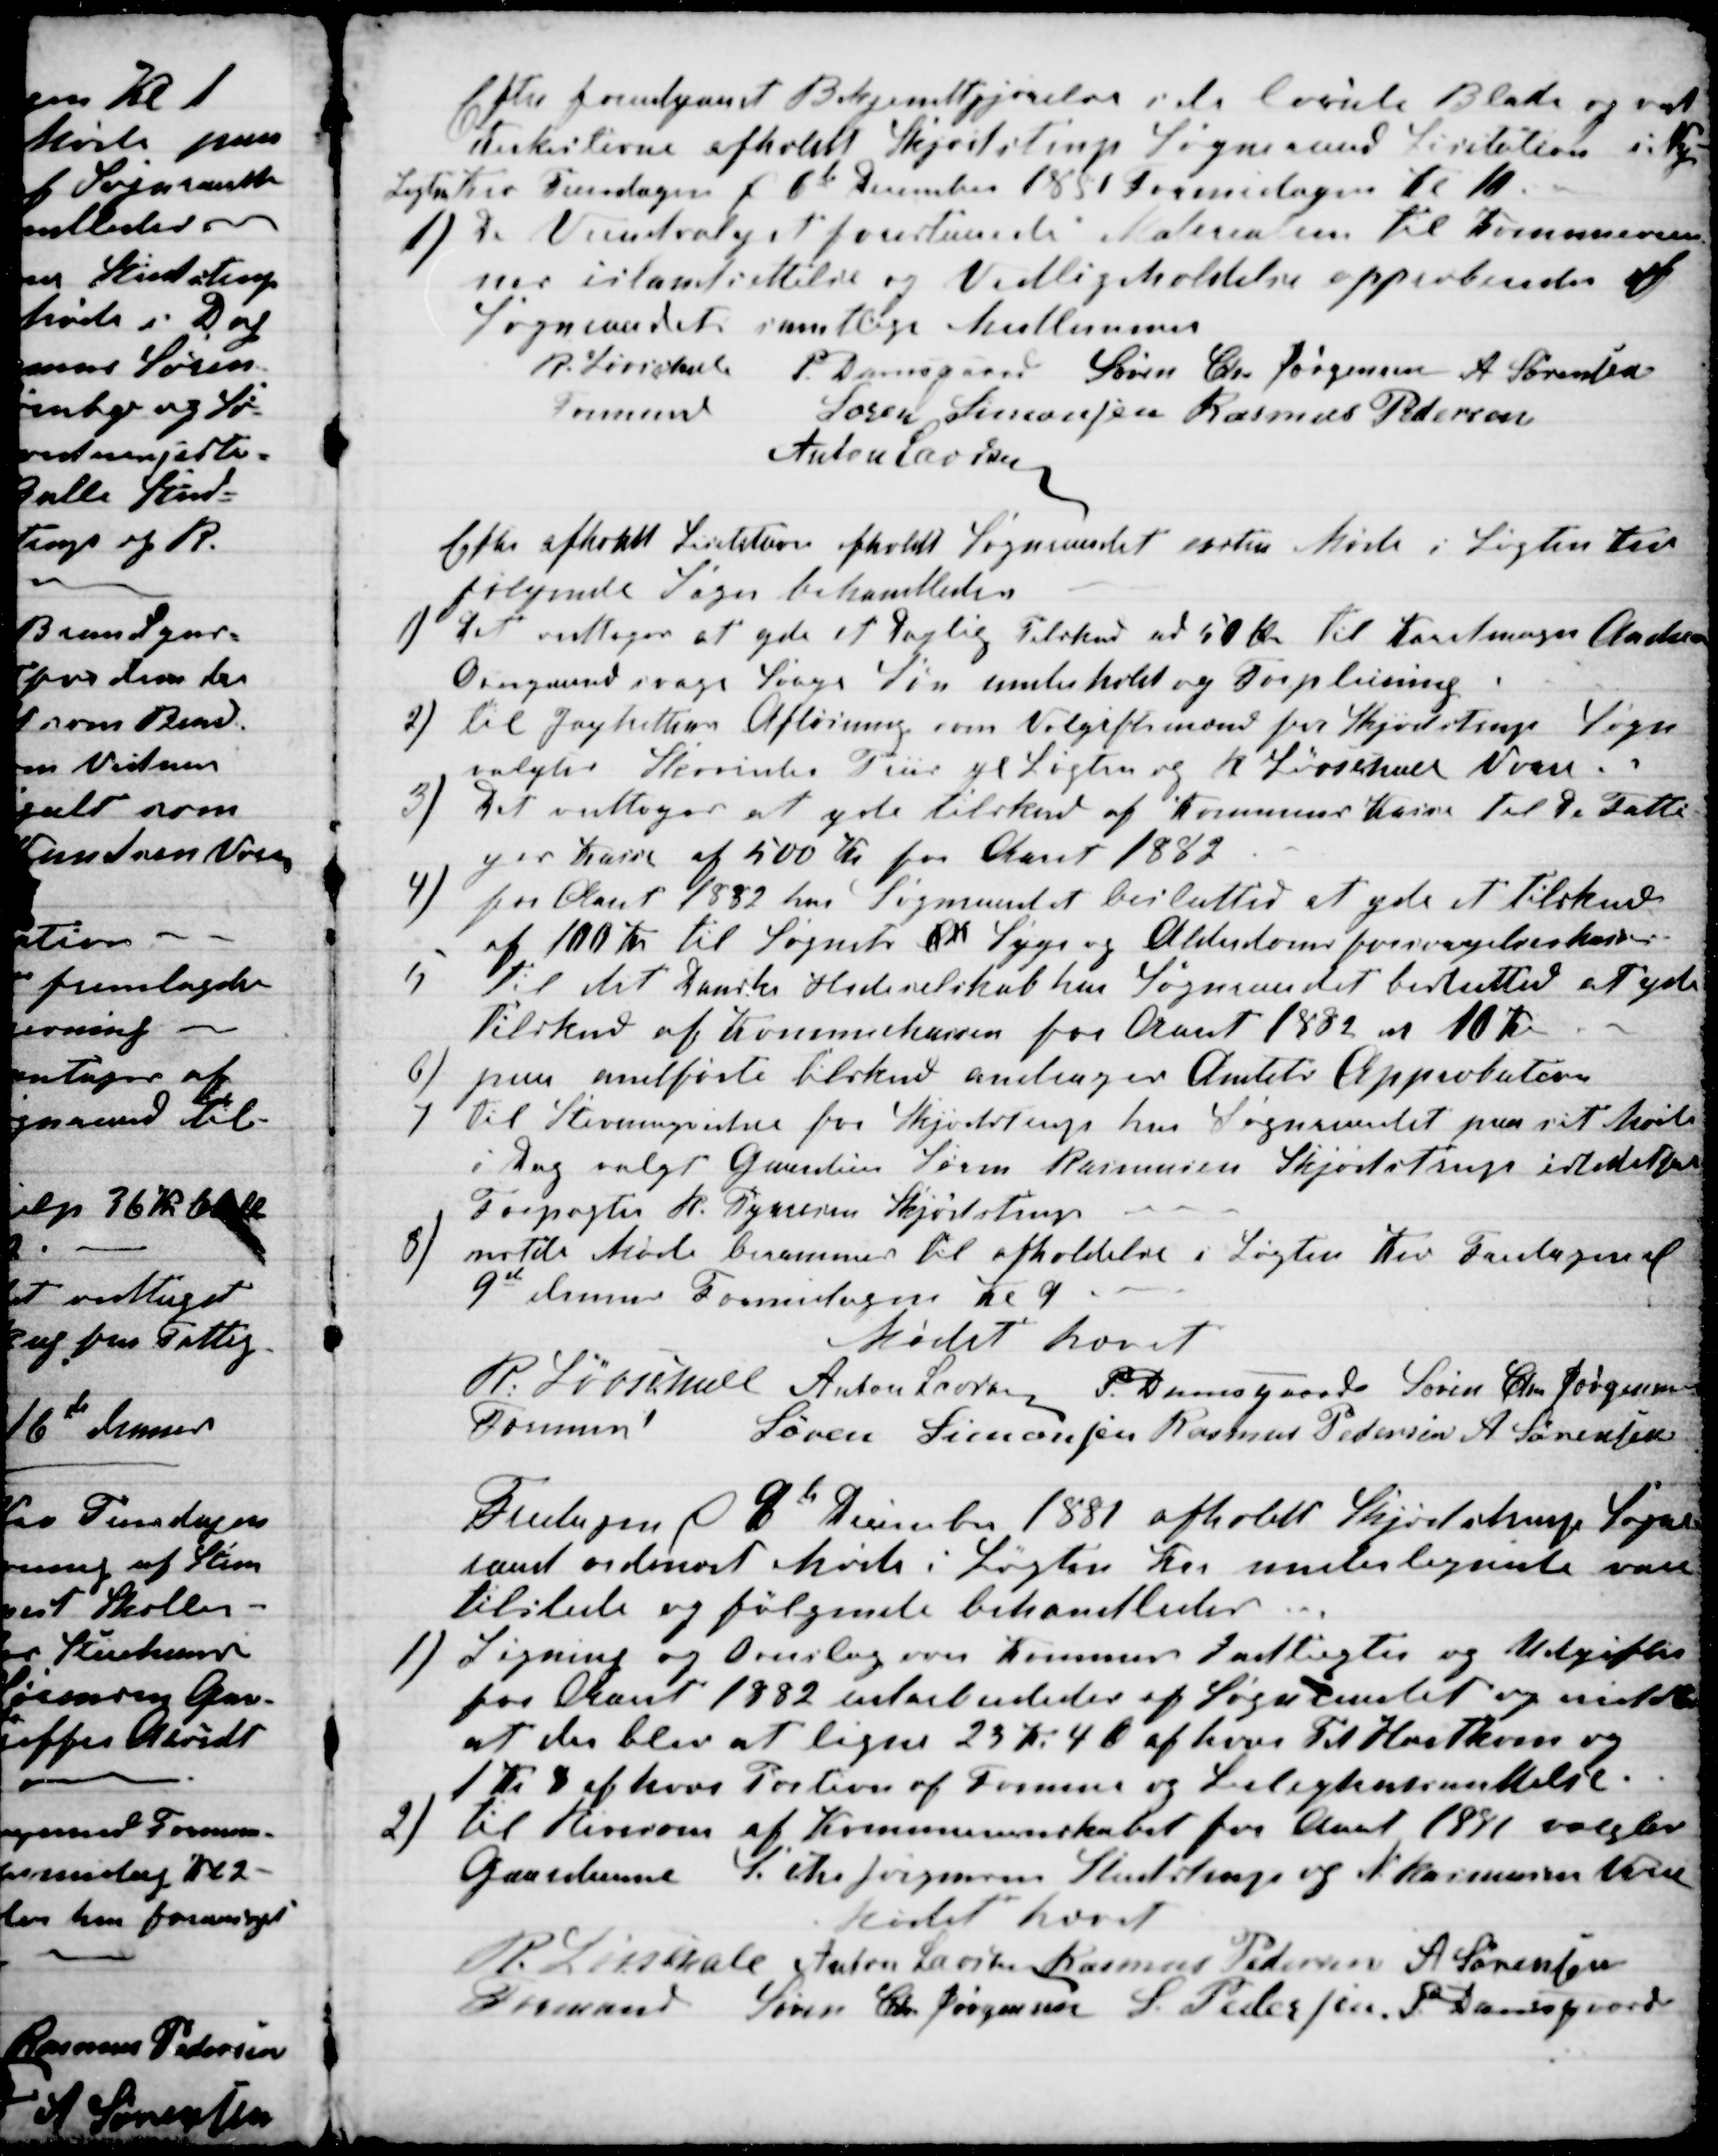
Transskription:
Efter forudgaaet Bekjendtgjørelse i de lokale Blade og ved
Kirkestevne afholdt Skjødstrup Sogneraad Licitation i Ny-
Løgten Kro Tirsdagen d 6te December 1881 Formidagen Kl 10.
1) De Vejudvalget foreslaaede Materialer til Komuneveie-
nes istandsettelse og Vedligeholdelse approberedes af
Sogneraadets samtlige Medlemmer
R. Løvschall
Formand
P. Damsgaard Søren Chr Jørgensen A Sørensen
Søren Simonsen Rasmus Pedersen
Anton Laursen
Efter afholdt Licitation afholdt Sogneraadet exstra Møde i Løgten Kro
følgende Sager behandledes
1) Det vedtoges at yde et Daglig Tilskud ad 50 Ør til Karetmager Anders
Overgaard svage Svage Søn underhold og Forpleining
2) til Jagtrettens Afløsning som Volgiftsmænd for Skjødstrup Sogn
valgtes Skovrider Priis gl Løgten og R Løvschall Vorre
3)
Det vedtoges at yde tilskud af Komunens Kasse til de Fatti-
ges Kasse af 500 Kr for Aaret 1882
4)
for Aaret 1882 har Sogneraadet beslutted at yde et Tilskud
af 100 Kr til Sognets er Syge og Alderdomsforsørgelseskasser
5
Til det Danske Hedeselskab har Sogneraadet beslutted at yde
Tilskud af Komunekassen for Aaret 1882 ad 10 Kr
6)
paa andførte tilskud andrages Amtets Approbation
7
Til Stevningsvidne for Skjødstrup har Sogneraadet paa sit Møde
i Dag valgt Gaardeier Søren Rasmussen Skjødstrup istedetfor
Forpagter R. Sørensen Skjødstrup
8)
nestde Møde berammes til afholdelse i Løgten Kro Fredagen d
9de dennes Formidagen Kl 9
Mødet hævet
R. Løvschall 
Fomand
 Anton Laursen P. Damsgaard Søren Chr Jørgensen
Søren Simonsen Rasmus Pedersen A Sørensen
Fredagen d 9de December 1881 afholdt Skjødstrup Sogne-
raad ordinært Møde i Løgten Kro undertegnede vare
tilstede og følgende behandledes
1) Ligning og Overslag over Komunes Indtægter og Udgifter
for Aaret 1882 udarbeidedes af Sogneraadet og meldtes
at der blev at ligne 23 Kr 4 Ø af hver Td Hartkorn og
1 Kr 8 af hver Portion af Formue og Leilighedsansettelse.
2) til Revisorer af Komunereinskabet for Aaret 1881 valgtes
Gaardeierne S. Chr Jørgensen Studstrup og N. Rasmussen Vorre
Mødet hævet
R. Løvschall
Formand
Anton Laursen Rasmus Pedersen A. Sørensen
Søren Chr Jørgensen S. Pedersen P. Damsgaard